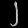
Digit: ၂